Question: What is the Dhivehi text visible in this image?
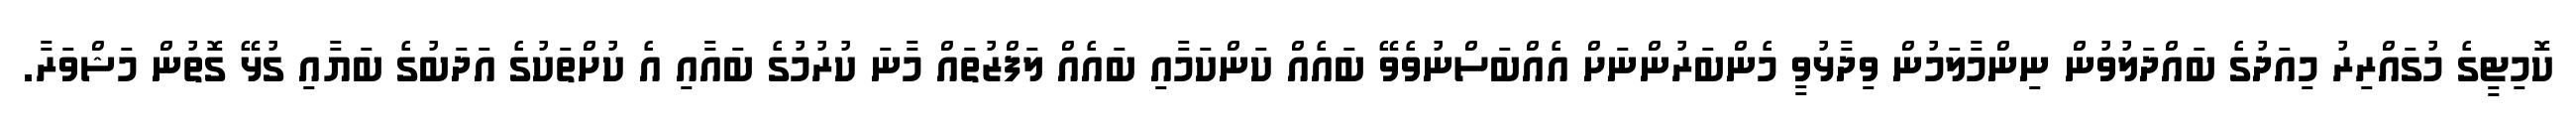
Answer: ކޮމިޓީގެ މުގައްރިރު މިއަދުގެ ބައްދަލުވުން ނިންމާލަމުން ވިދާޅުވީ މެންބަރުންނަށް އެއްބަސްނުވެވޭ ބައެއް ކަންކަމާއި ބައެއް ލަފްޒުތައް މާނަ ކުރުމުގެ ބައާއި އެ ކުށްތަކުގެ އަދަބުގެ ބަޔާއި ގުޅޭ ގޮތުން މަޝްވަރާ.